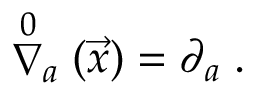
\stackrel { 0 } { \nabla } _ { a } ( \vec { x } ) = \partial _ { a } \; .